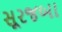
સૂરજબા